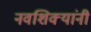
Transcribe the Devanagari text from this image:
नवशिक्यांनी